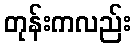
တုန်းကလည်း